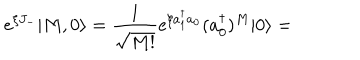
e ^ { \xi J _ { - } } | M , 0 \rangle = { \frac { 1 } { \sqrt { M ! } } } e ^ { \xi a _ { 1 } ^ { \dagger } a _ { 0 } } ( a _ { 0 } ^ { \dagger } ) ^ { M } | 0 \rangle =